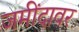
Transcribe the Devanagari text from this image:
जमींदावर